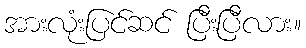
အားလုံးပြင်ဆင် ပြီးပြီလား။